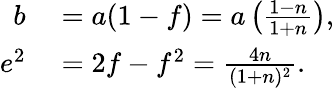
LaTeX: \begin{array}{rl}{b}&{{}=a(1-f)=a\left({\frac{1-n}{1+n}}\right),}\\ {e^{2}}&{{}=2f-f^{2}={\frac{4n}{(1+n)^{2}}}.}\end{array}